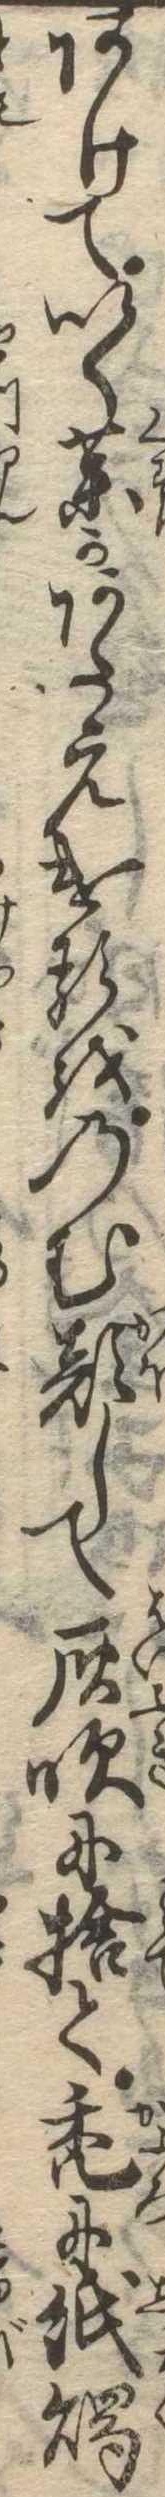
あけていく薬かあたえけるをのむ顔して灰吹に捨て禿に紙燭